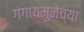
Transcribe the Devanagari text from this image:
गंगायमुनेच्या